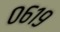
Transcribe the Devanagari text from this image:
०६१९